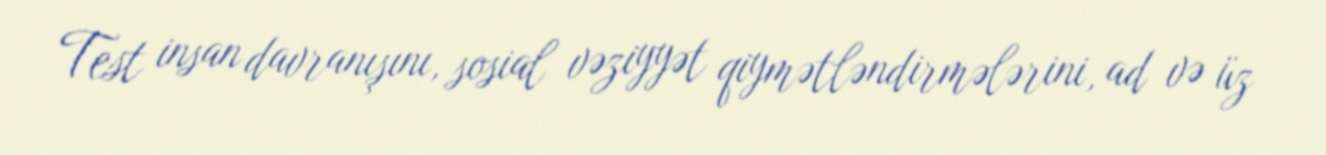
Test insan davranışını, sosial vəziyyət qiymətləndirmələrini, ad və üz